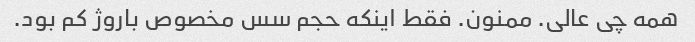
همه چی عالی. ممنون. فقط اینکه حجم سس مخصوص باروژ کم بود.